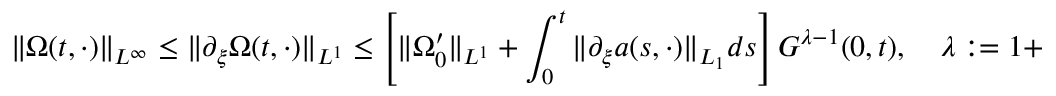
\| \Omega ( t , \cdot ) \| _ { L ^ { \infty } } \leq \| \partial _ { \xi } \Omega ( t , \cdot ) \| _ { L ^ { 1 } } \leq \left[ \| \Omega _ { 0 } ^ { \prime } \| _ { L ^ { 1 } } + \int _ { 0 } ^ { t } \| \partial _ { \xi } a ( s , \cdot ) \| _ { L _ { 1 } } d s \right] G ^ { \lambda - 1 } ( 0 , t ) , \quad \lambda : = 1 + \frac { C } { \beta \mu _ { 1 } } .